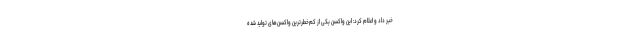
خبر داد و اعلام کرد: این واکسن یکی از کم‌خطرترین واکسن‌های تولید شده